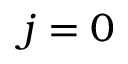
j = 0